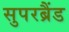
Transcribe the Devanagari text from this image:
सुपरब्रैंड